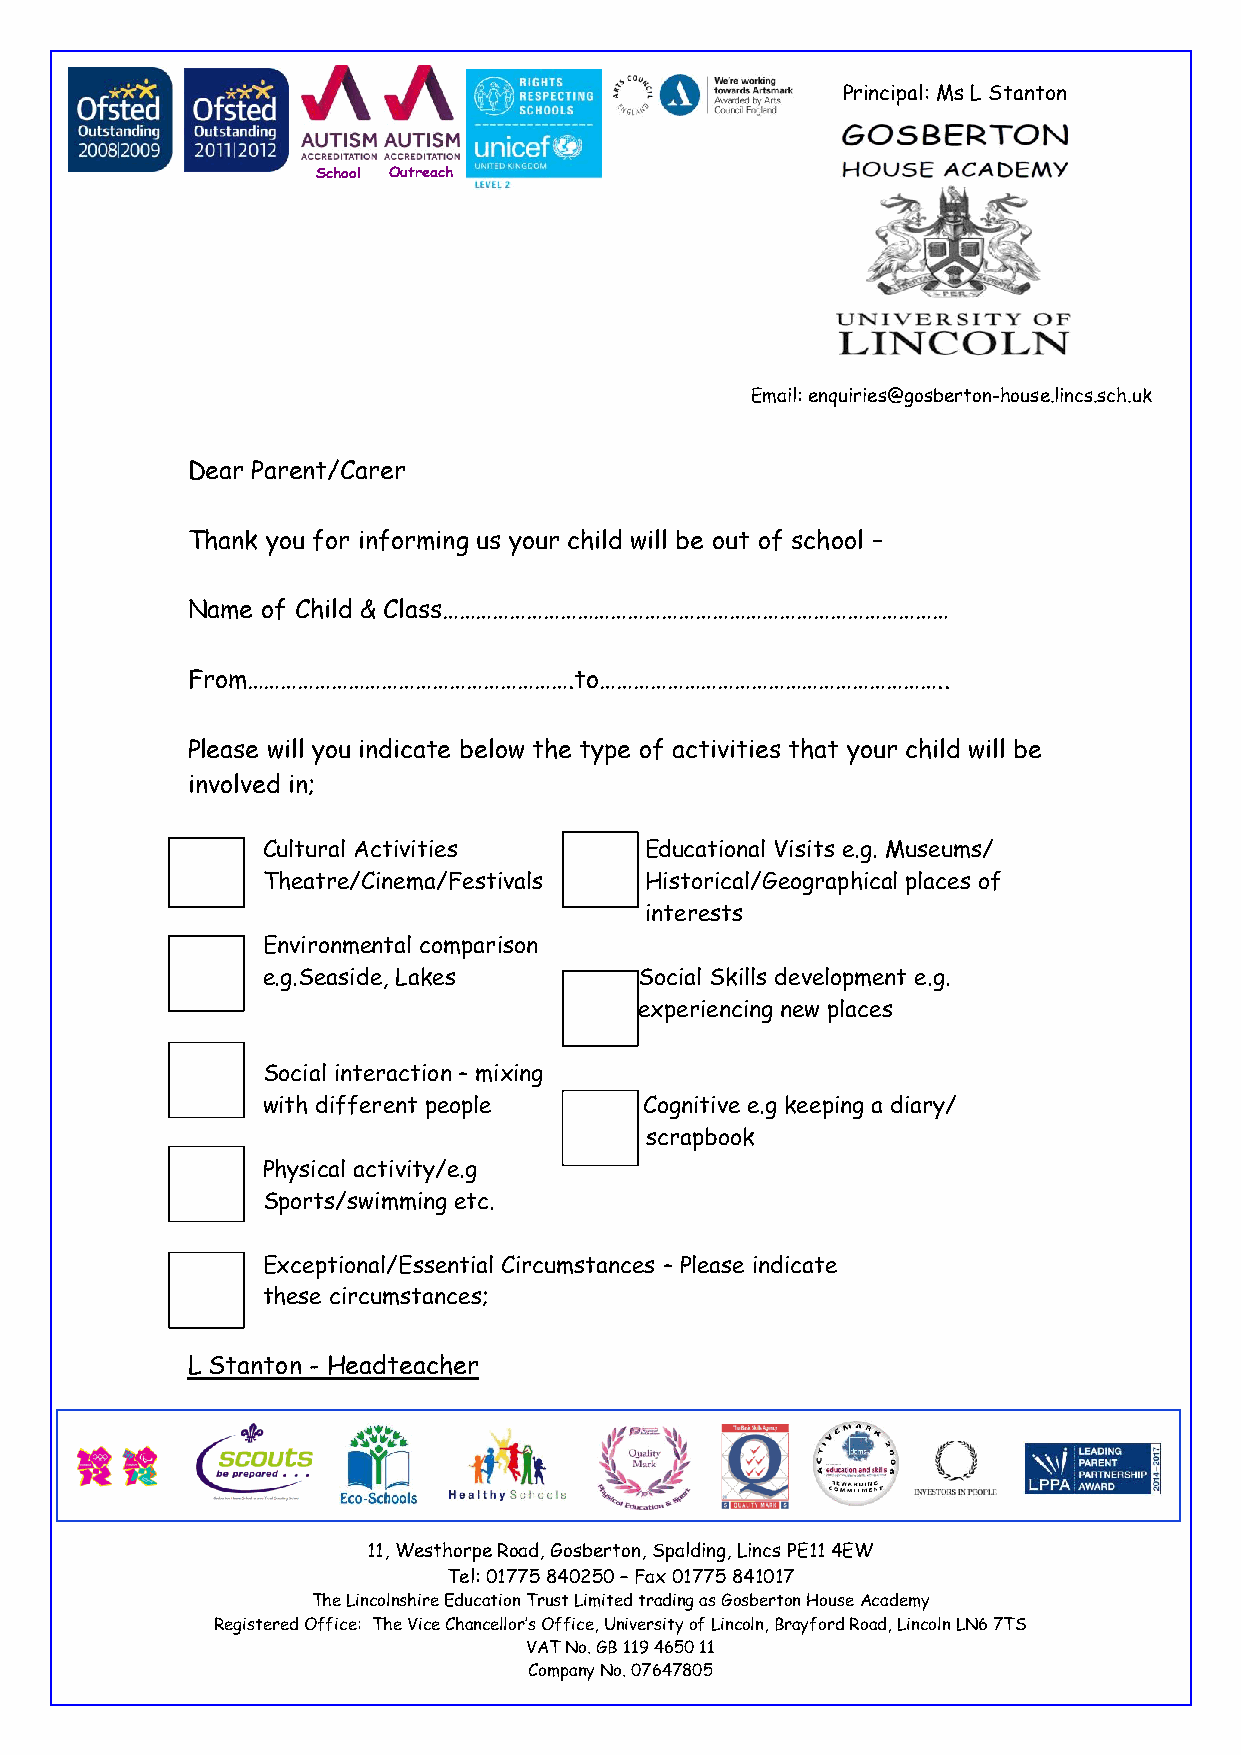
P r in c i p a l : M s L S t a n t o n
 School Outreach
 Email: enquiries@gosberton-house.lincs.sch.uk
 Dear Parent/Carer
 Thank you for informing us your child will be out of school –
 Name of Child & Class………………………………………………………………………………
 From………………………………………………….to……………………………………………………..
 Please will you indicate below the type of activities that your child will be
 involved in;
 Cultural Activities       Educational Visits e.g. Museums/
 T    Theatre/Cinema/Festivals  Historical/Geographical places of
 interests
 Environmental comparison
 e.g.Seaside, Lakes       Social Skills development e.g.
 experiencing new places
 Social interaction – mixing
 with different people     Cognitive e.g keeping a diary/
 scrapbook
 Physical activity/e.g
 Sports/swimming etc.
 Exceptional/Essential Circumstances – Please indicate
 these circumstances;
 L Stanton - Headteacher
 11, Westhorpe Road, Gosberton, Spalding, Lincs PE11 4EW
 Tel: 01775 840250 – Fax 01775 841017
 The Lincolnshire Education Trust Limited trading as Gosberton House Academy
 Registered Office: The Vice Chancellor’s Office, University of Lincoln, Brayford Road, Lincoln LN6 7TS
 VAT No. GB 119 4650 11
 Company No. 07647805